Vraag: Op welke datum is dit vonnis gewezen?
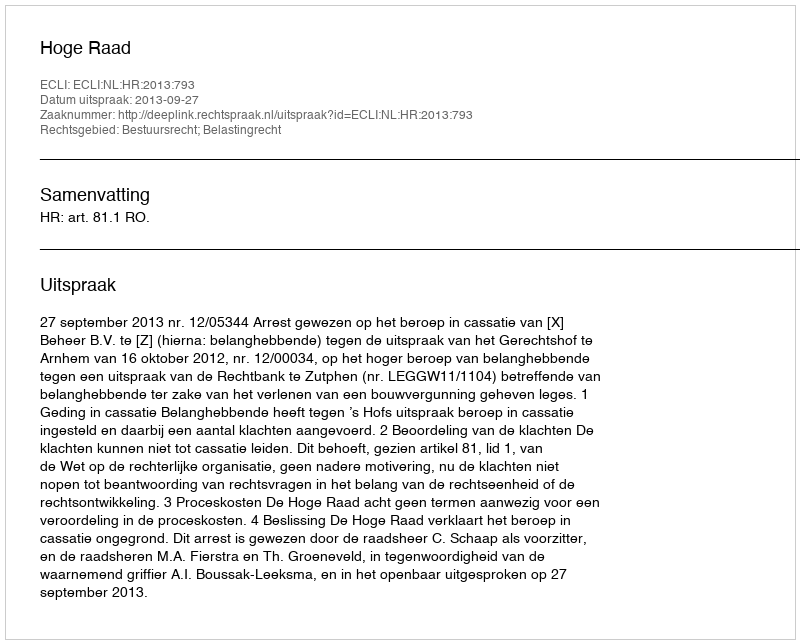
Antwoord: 2013-09-27